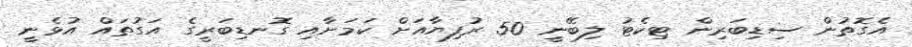
އެގޮތުން ސިޑިބަރިން ޓިކެޓު ލިބޭނީ 50 ރުފިޔާއަށް ކަމަށާއި ގޮނޑިބަރީގެ އަގުތައް އުޅެނީ